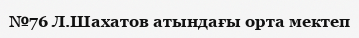
№76 Л.Шахатов атындағы орта мектеп